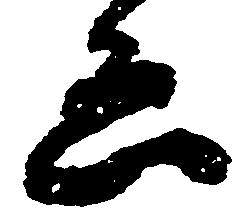
ゑ